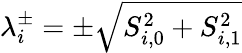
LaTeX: \lambda_{i}^{\pm}=\pm\sqrt{S_{i,0}^{2}+S_{i,1}^{2}}